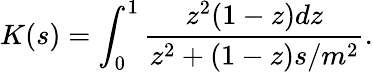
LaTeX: K(s)=\int_{0}^{1}\frac{z^{2}(1-z)dz}{z^{2}+(1-z)s/m^{2}}.